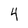
Character: 4